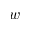
w